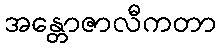
အန္တောဇာလီကတာ